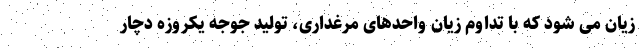
زیان می شود که با تداوم زیان واحدهای مرغداری، تولید جوجه یکروزه دچار